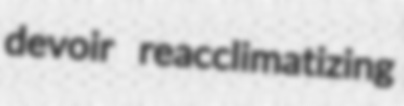
devoir reacclimatizing